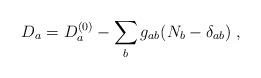
LaTeX: \begin{align*}D_a=D^{(0)}_a-\sum_b g_{ab}(N_b-\delta_{ab})\;,\end{align*}